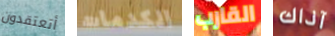
أتعتقدون الكدمات القارب آذاك